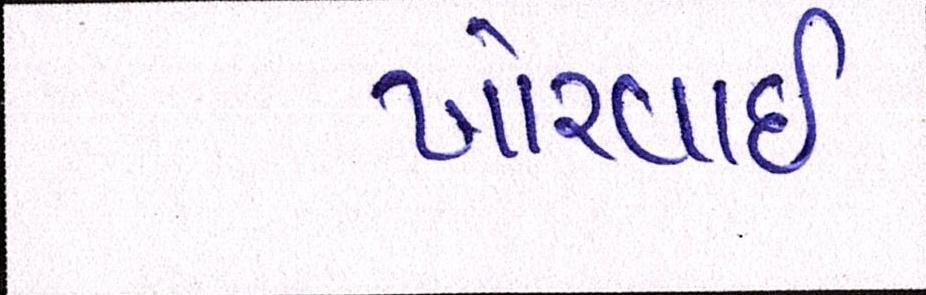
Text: ખોરવાઈ